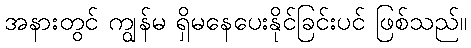
အနားတွင် ကျွန်မ ရှိမနေပေးနိုင်ခြင်းပင် ဖြစ်သည်။